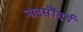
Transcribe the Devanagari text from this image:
नादसौंदर्य